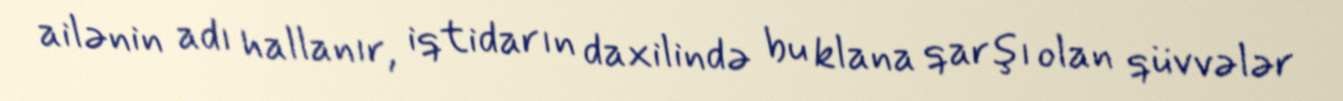
ailənin adı hallanır, iqtidarın daxilində bu klana qarşı olan qüvvələr